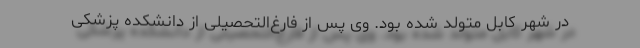
در شهر کابل متولد شده بود. وی پس از فارغ‌التحصیلی از دانشکده پزشکی